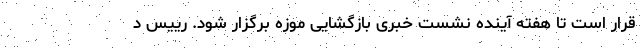
قرار است تا هفته آینده نشست خبری بازگشایی موزه برگزار شود. رییس د